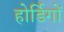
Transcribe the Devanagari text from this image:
होर्डिगों